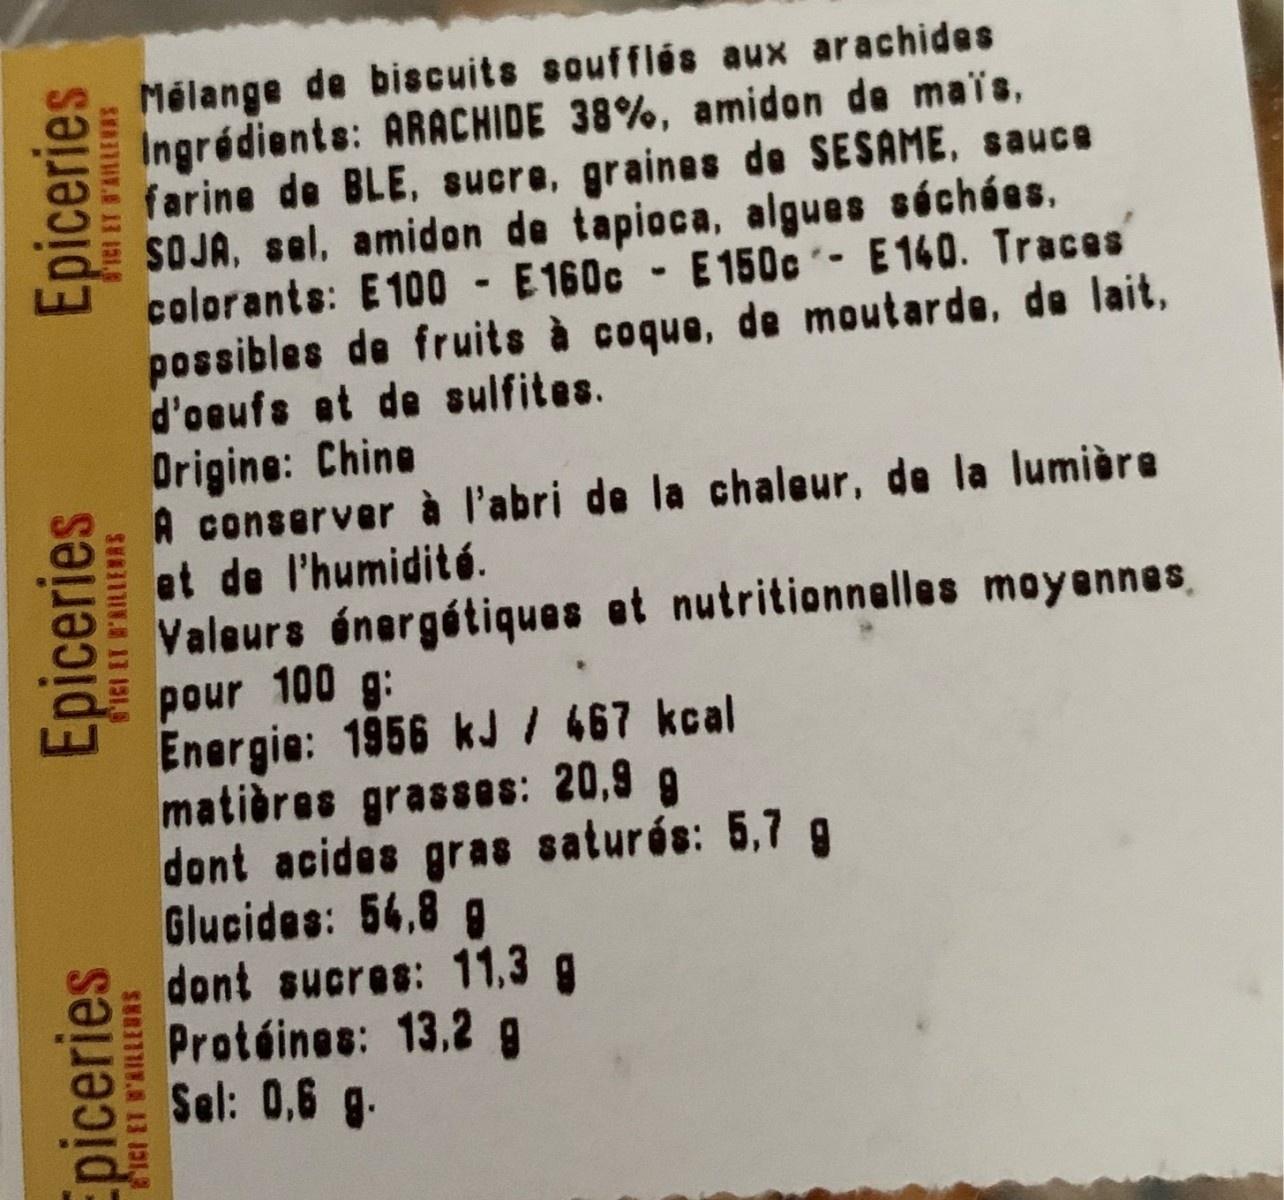
Mélange de biscuits soufflós aux arachides Ingrédients: ARACHIDE 38%, amidon de maïs, farine de BLE, sucre, graines de SESAME, sauce SOJA, sel, amidon de tapioca, algues séchées. colorants: E100 - E160c - E 150c- E140. Traces possibles de fruits à coque, de moutarde, de lait, d'oaufs at de sulfites. Origine: Chine A conserver à l'abri de la chaleur, de la lumière et de l'humidité. Valeurs énergétiques et nutritionnalles moyennes pour 100 g: Energie: 1956 kJ / 467 kcal matières grasses: 20,9 9 dont acides gras saturós: 5,7 g Glucides: 56.8 g dont sucres: 11,3 g Protéines: 13.2 g Sel: 0,6 g. Epiceries Epiceries Epiceries IGI ET B'RILLENRS ICI ET B'AILLEURS